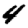
Digit: 4